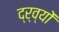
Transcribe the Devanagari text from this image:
द्र्व्यों